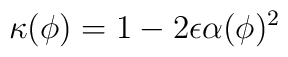
\kappa(\phi) = 1- 2 \epsilon \alpha(\phi)^2